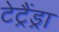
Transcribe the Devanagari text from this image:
टेट्रैंड्रा